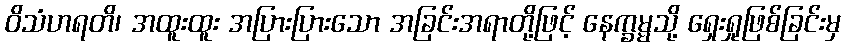
ဝိသံဟရတိ၊ အထူးထူး အပြားပြားသော အခြင်းအရာတို့ဖြင့် နေက္ခမ္မသို့ ရှေးရှုဖြစ်ခြင်းမှ